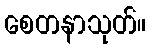
စေတနာသုတ်။